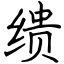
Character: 缋